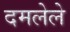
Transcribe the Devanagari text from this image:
दमलेले